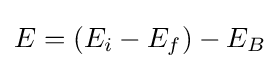
E=(E_{i}-E_{f})-E_{B}